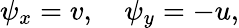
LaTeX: \psi_{x}=v,\quad\psi_{y}=-u,